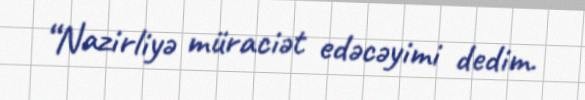
“Nazirliyə müraciət edəcəyimi dedim.